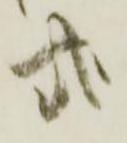
式